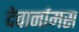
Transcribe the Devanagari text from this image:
देवार्नामस